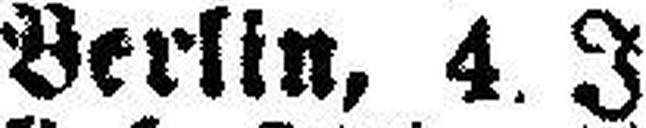
Berlin, 4. J.